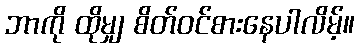
ဘာကို ထိုမျှ စိတ်ဝင်စားနေပါလိမ့်။